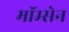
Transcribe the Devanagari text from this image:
मॉम्सेन